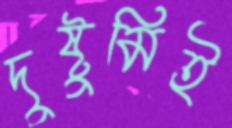
দুষ্টুমিই